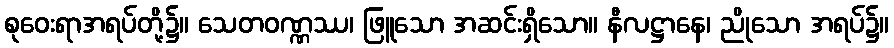
စုဝေးရာအရပ်တို့၌။ သေတဝဏ္ဏဿ၊ ဖြူသော အဆင်းရှိသော။ နီလဋ္ဌာနေ၊ ညိုသော အရပ်၌။